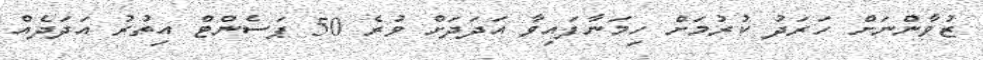
ޒުވާންނަށް ހަރަދު ކުރުމަށް ހިމަނާފައިވާ އަދަދަށް ވުރެ 50 ޕަސެންޓް އިތުރު އަދަދެއް